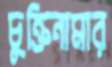
চুক্তিনামার